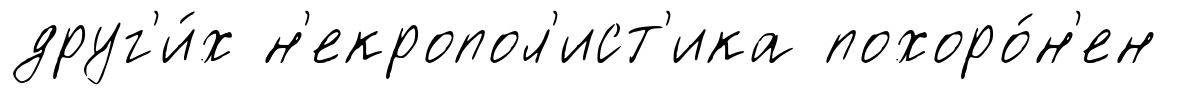
друг'и́х н'екропол'ист'ика похоро́н'ен